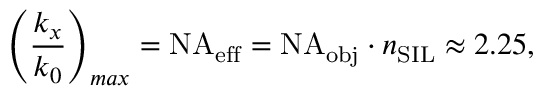
\left( \frac { k _ { x } } { k _ { 0 } } \right) _ { m a x } = \mathrm { N A } _ { \mathrm { e f f } } = \mathrm { N A } _ { \mathrm { o b j } } \cdot n _ { \mathrm { S I L } } \approx 2 . 2 5 ,